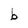
Character: b